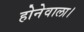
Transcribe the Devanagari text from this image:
होनेवाला।